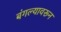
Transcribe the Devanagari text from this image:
बंगल्यावरून